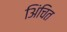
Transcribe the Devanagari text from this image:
अिंचित